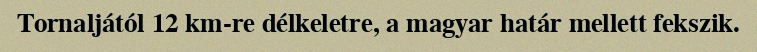
Tornaljától 12 km-re délkeletre, a magyar határ mellett fekszik.